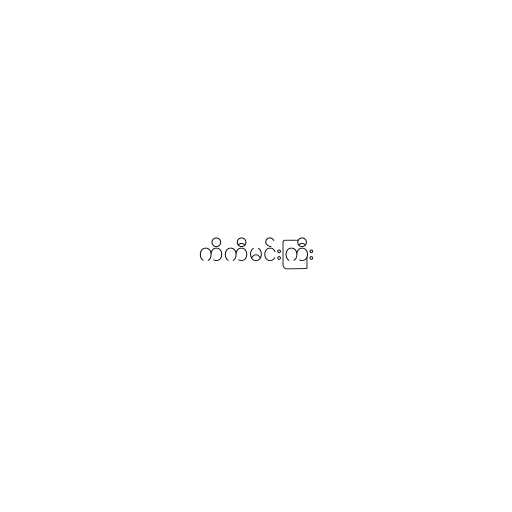
ကိကီမင်းကြီး